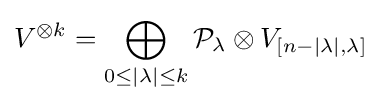
V^{\otimes k}=\bigoplus _{0\leq |\lambda |\leq k}{\mathcal {P}}_{\lambda }\otimes V_{[n-|\lambda |,\lambda ]}\